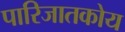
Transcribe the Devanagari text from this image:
पारिजातकोय